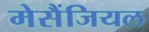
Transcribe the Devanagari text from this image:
मेसैंजियल